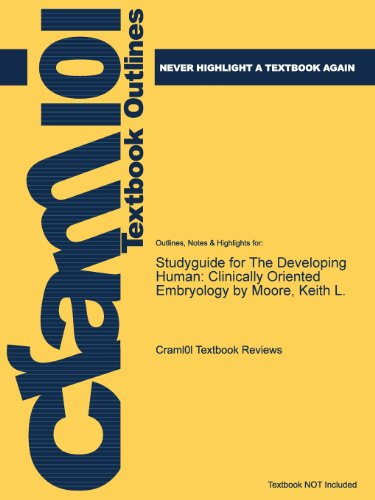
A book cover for Studyguide for the Developing Human: Clinically Oriented Embryology by Moore, Keith L.; Cram101 Textbook Reviews; Medical Books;